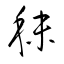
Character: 秣